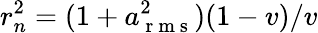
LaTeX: r_{n}^{2}=(1+a_{\mathrm{~r~m~s~}}^{2})(1-v)/v